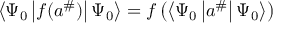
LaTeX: \left\langle \Psi _ { 0 } \left| f ( a ^ { \# } ) \right| \Psi _ { 0 } \right\rangle = f \left( \left\langle \Psi _ { 0 } \left| a ^ { \# } \right| \Psi _ { 0 } \right\rangle \right)